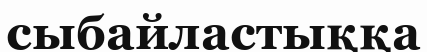
сыбайластыққа